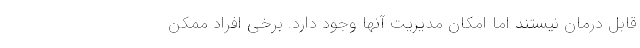
قابل درمان نیستند اما امکان مدیریت آنها وجود دارد. برخی افراد ممکن